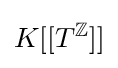
K[[T^{\mathbb {Z} }]]